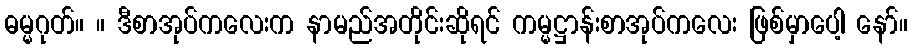
ဓမ္မဂုတ်။ ။ ဒီစာအုပ်ကလေးက နာမည်အတိုင်းဆိုရင် ကမ္မဋ္ဌာန်းစာအုပ်ကလေး ဖြစ်မှာပေါ့ နော်။